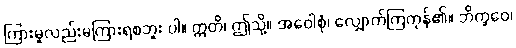
ကြားမူလည်းမကြားရစဘူး ပါ။ ဣတိ၊ ဤသို့။ အဝေါစုံ၊ လျှောက်ကြကုန်၏။ ဘိက္ခဝေ၊